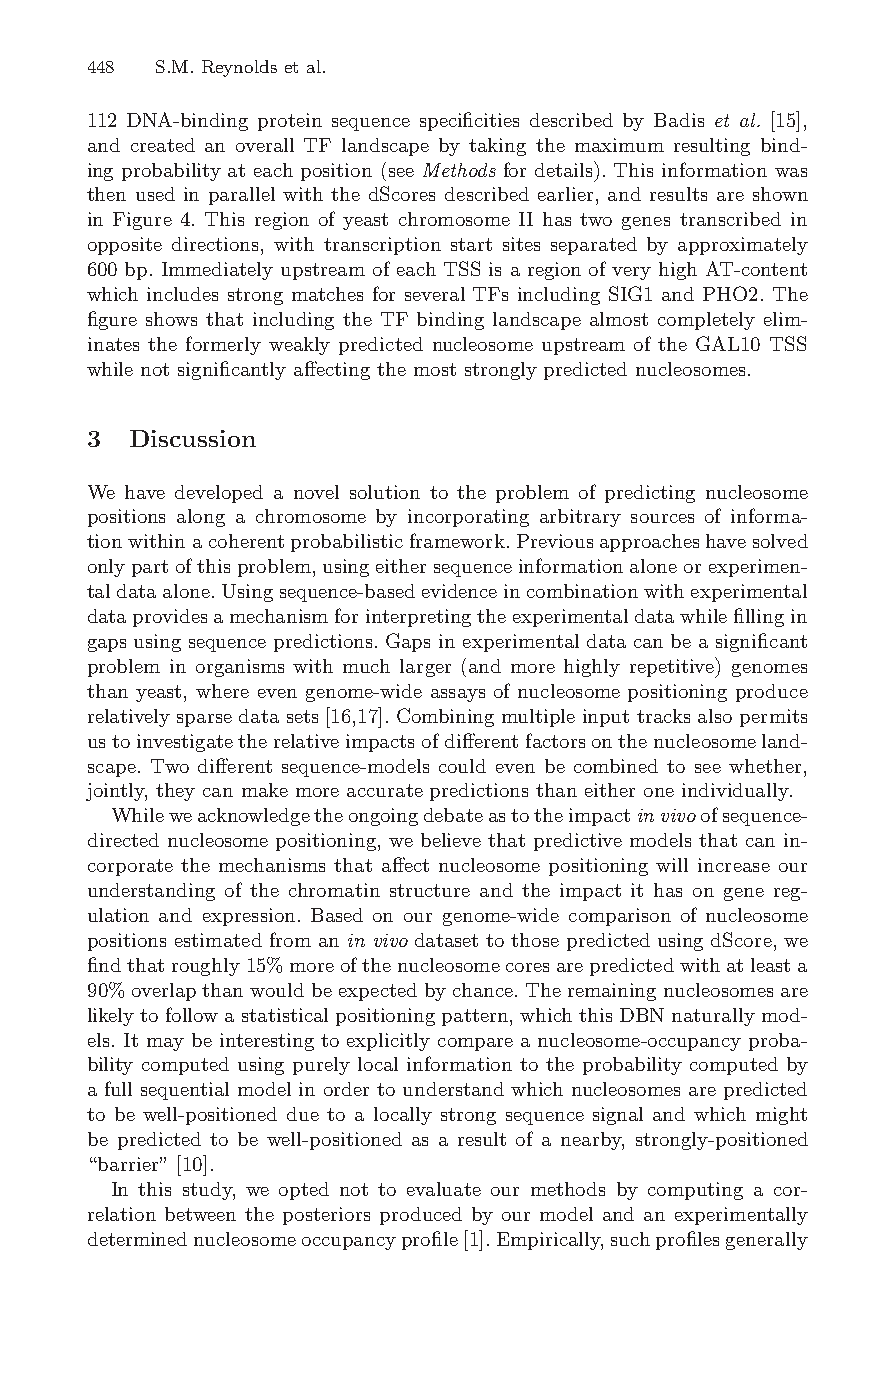
448 S.M. Reynoldset al.
 112 DNA-binding protein sequence specificities described by Badis et al. [15],
 and created an overall TF landscape by taking the maximum resulting bind-
 ing probability at each position (see Methods for details). This information was
 then used in parallel with the dScores described earlier, and results are shown
 in Figure 4. This region of yeast chromosome II has two genes transcribed in
 opposite directions, with transcription start sites separated by approximately
 600 bp. Immediately upstream of each TSS is a region of very high AT-content
 which includes strong matches for several TFs including SIG1 and PHO2. The
 figure shows that including the TF binding landscape almost completely elim-
 inates the formerly weakly predicted nucleosome upstream of the GAL10 TSS
 while not significantly affecting the most strongly predicted nucleosomes.
 3 Discussion
 We have developed a novel solution to the problem of predicting nucleosome
 positions along a chromosome by incorporating arbitrary sources of informa-
 tionwithinacoherentprobabilisticframework.Previousapproacheshavesolved
 onlypartofthisproblem,usingeithersequenceinformationaloneorexperimen-
 taldataalone.Usingsequence-basedevidenceincombinationwithexperimental
 dataprovidesamechanismforinterpretingtheexperimentaldatawhilefillingin
 gaps using sequence predictions. Gaps in experimental data can be a significant
 problem in organisms with much larger (and more highly repetitive) genomes
 than yeast, where even genome-wide assays of nucleosome positioning produce
 relativelysparsedatasets [16,17].Combining multiple input tracksalso permits
 ustoinvestigatetherelativeimpactsofdifferentfactorsonthenucleosomeland-
 scape. Two different sequence-models could even be combined to see whether,
 jointly, they can make more accurate predictions than either one individually.
 Whileweacknowledgetheongoingdebateastotheimpactinvivoofsequence-
 directed nucleosome positioning, we believe that predictive models that can in-
 corporate the mechanisms that affect nucleosome positioning will increase our
 understanding of the chromatin structure and the impact it has on gene reg-
 ulation and expression. Based on our genome-wide comparison of nucleosome
 positions estimated from an in vivo dataset to those predicted using dScore, we
 findthatroughly15%moreofthenucleosomecoresarepredictedwithatleasta
 90%overlapthanwouldbe expected by chance.The remainingnucleosomesare
 likelyto followa statisticalpositioningpattern,whichthis DBN naturallymod-
 els. It may be interesting to explicitly compare a nucleosome-occupancy proba-
 bility computed using purely local information to the probability computed by
 a full sequential model in order to understand which nucleosomes are predicted
 to be well-positioned due to a locally strong sequence signal and which might
 be predicted to be well-positioned as a result of a nearby, strongly-positioned
 “barrier” [10].
 In this study, we opted not to evaluate our methods by computing a cor-
 relation between the posteriors produced by our model and an experimentally
 determinednucleosomeoccupancyprofile[1].Empirically,suchprofilesgenerally